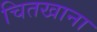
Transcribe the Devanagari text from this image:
चितखाना